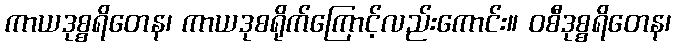
ကာယဒုစ္စရိတေန၊ ကာယဒုစရိုက်ကြောင့်လည်းကောင်း။ ဝစီဒုစ္စရိတေန၊